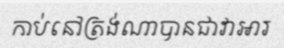
កាប់នៅត្រង់ណាបានជាវាអារ